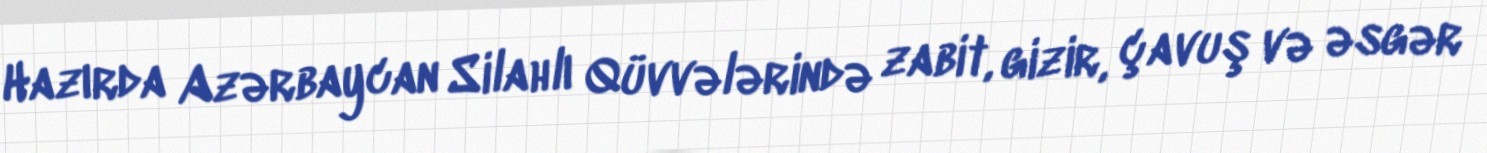
Hazırda Azərbaycan Silahlı Qüvvələrində zabit, gizir, çavuş və əsgər